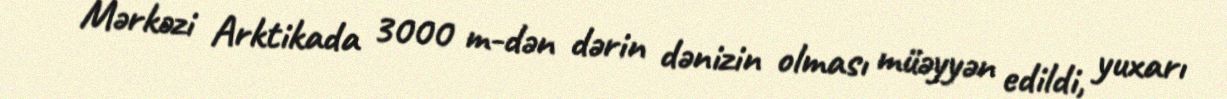
Mərkəzi Arktikada 3000 m-dən dərin dənizin olması müəyyən edildi, yuxarı